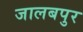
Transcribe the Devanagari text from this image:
जालबपुर